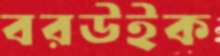
বরউইক